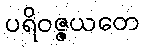
ပရိဝဇ္ဇယတေ